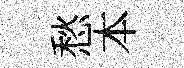
愁本